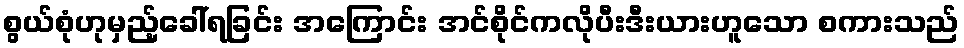
စွယ်စုံဟုမှည့်ခေါ်ရခြင်း အကြောင်း အင်စိုင်ကလိုပီးဒီးယားဟူသော စကားသည်